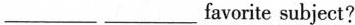
___ ___favorite subject?